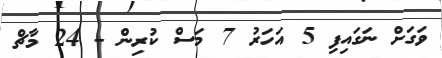
ވަގަށް ނަގައިފި 5 އަހަރު 7 މަސް ކުރިން - 24 މާޗް